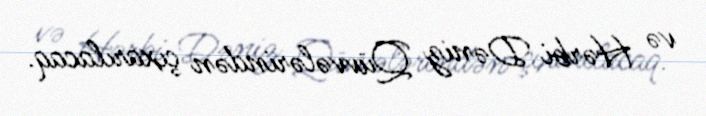
və Hərbi Dəniz Qüvvələrindən çıxarılacaq.